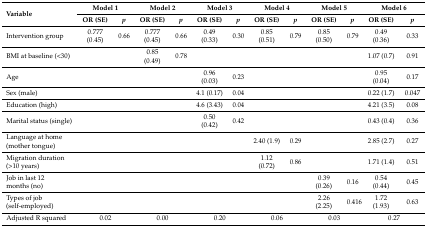
<table><thead><tr><td rowspan="2"><b>Variable</b></td><td colspan="2"><b>Model 1</b></td><td colspan="2"><b>Model 2</b></td><td colspan="2"><b>Model 3</b></td><td colspan="2"><b>Model 4</b></td><td colspan="2"><b>Model 5</b></td><td colspan="2"><b>Model 6</b></td></tr><tr><td><b>OR (SE)</b></td><td><b><i>p</i></b></td><td><b>OR (SE)</b></td><td><b><i>p</i></b></td><td><b>OR (SE)</b></td><td><b><i>p</i></b></td><td><b>OR (SE)</b></td><td><b><i>p</i></b></td><td><b>OR (SE)</b></td><td><b><i>p</i></b></td><td><b>OR (SE)</b></td><td><b><i>p</i></b></td></tr></thead><tbody><tr><td>Intervention group</td><td>0.777 (0.45)</td><td>0.66</td><td>0.777 (0.45)</td><td>0.66</td><td>0.49 (0.33)</td><td>0.30</td><td>0.85 (0.51)</td><td>0.79</td><td>0.85 (0.50)</td><td>0.79</td><td>0.49 (0.36)</td><td>0.33</td></tr><tr><td>BMI at baseline (&lt;30)</td><td></td><td></td><td>0.85 (0.49)</td><td>0.78</td><td></td><td></td><td></td><td></td><td></td><td></td><td>1.07 (0.7)</td><td>0.91</td></tr><tr><td>Age</td><td></td><td></td><td></td><td></td><td>0.96 (0.03)</td><td>0.23</td><td></td><td></td><td></td><td></td><td>0.95 (0.04)</td><td>0.17</td></tr><tr><td>Sex (male)</td><td></td><td></td><td></td><td></td><td>4.1 (0.17)</td><td>0.04</td><td></td><td></td><td></td><td></td><td>0.22 (1.7)</td><td>0.047</td></tr><tr><td>Education (high)</td><td></td><td></td><td></td><td></td><td>4.6 (3.43)</td><td>0.04</td><td></td><td></td><td></td><td></td><td>4.21 (3.5)</td><td>0.08</td></tr><tr><td>Marital status (single)</td><td></td><td></td><td></td><td></td><td>0.50 (0.42)</td><td>0.42</td><td></td><td></td><td></td><td></td><td>0.43 (0.4)</td><td>0.36</td></tr><tr><td>Language at home (mother tongue)</td><td></td><td></td><td></td><td></td><td></td><td></td><td>2.40 (1.9)</td><td>0.29</td><td></td><td></td><td>2.85 (2.7)</td><td>0.27</td></tr><tr><td>Migration duration (&gt;10 years)</td><td></td><td></td><td></td><td></td><td></td><td></td><td>1.12 (0.72)</td><td>0.86</td><td></td><td></td><td>1.71 (1.4)</td><td>0.51</td></tr><tr><td>Job in last 12 months (no)</td><td></td><td></td><td></td><td></td><td></td><td></td><td></td><td></td><td>0.39 (0.26)</td><td>0.16</td><td>0.54 (0.44)</td><td>0.45</td></tr><tr><td>Types of job (self-employed)</td><td></td><td></td><td></td><td></td><td></td><td></td><td></td><td></td><td>2.26 (2.25)</td><td>0.416</td><td>1.72 (1.93)</td><td>0.63</td></tr><tr><td>Adjusted R squared</td><td colspan="2">0.02</td><td colspan="2">0.00</td><td colspan="2">0.20</td><td colspan="2">0.06</td><td colspan="2">0.03</td><td colspan="2">0.27</td></tr></tbody></table>